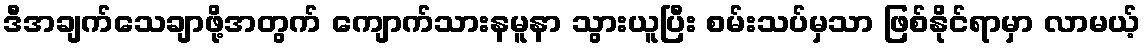
ဒီအချက်သေချာဖို့အတွက် ကျောက်သားနမူနာ သွားယူပြီး စမ်းသပ်မှသာ ဖြစ်နိုင်ရာမှာ လာမယ့်